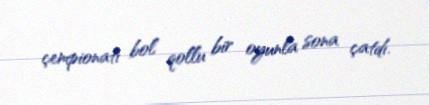
çempionatı bol qollu bir oyunla sona çatdı.